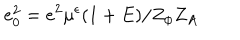
e _ { 0 } ^ { 2 } = e ^ { 2 } \mu ^ { \epsilon } ( 1 + E ) / Z _ { \phi } Z _ { A }